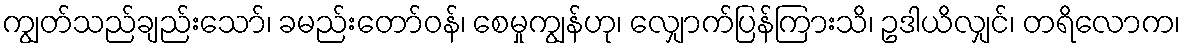
ကျွတ်သည်ချည်းသော်၊ ခမည်းတော်ဝန်၊ စေမှုကျွန်ဟု၊ လျှောက်ပြန်ကြားသိ၊ ဥဒါယိလျှင်၊ တရိလောက၊